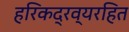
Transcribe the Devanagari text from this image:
हरिकद्रव्यरहित